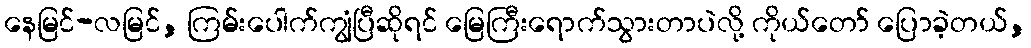
နေမြင်-လမြင်, ကြမ်းပေါက်ကျွံပြီဆိုရင် မြေကြီးရောက်သွားတာပဲလို့ ကိုယ်တော် ပြောခဲ့တယ်,